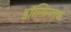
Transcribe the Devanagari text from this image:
डॉल्फिनच्या